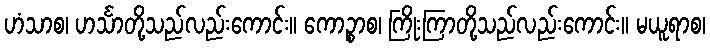
ဟံသာစ၊ ဟင်္သာတို့သည်လည်းကောင်း။ ကောဉ္စာစ၊ ကြိုးကြာတို့သည်လည်းကောင်း။ မယူရာစ၊